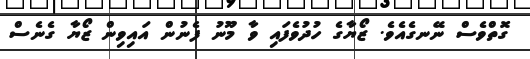
ގޮތްވެސް ނޭނގެއެވެ. ޒޯޔާގެ ހުދުވެފައި ވާ މޫނު ފެނުން އައިވިން ޒޯޔާ ގެނެސް